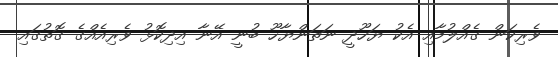
ވެރިކަން ގެއްލުމާއި އެކު ޔަހޫދީ ނަތަންޔާހޫ ބުނީ އޭނާ އިދިކޮޅު ވެރިއެއްގެ ގޮތުގައި